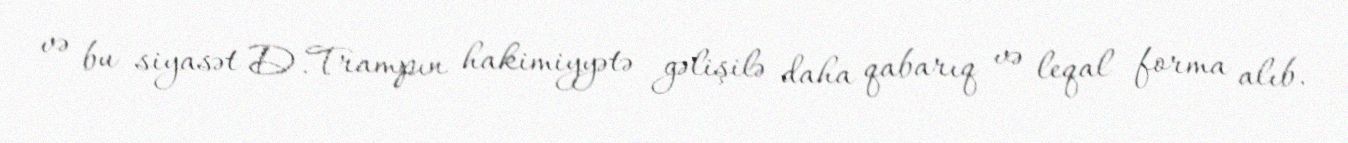
və bu siyasət D.Trampın hakimiyyətə gəlişilə daha qabarıq və leqal forma alıb.